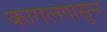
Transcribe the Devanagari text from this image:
कागलपासून